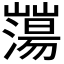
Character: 𡾕